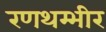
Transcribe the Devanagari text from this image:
रणथम्भीर